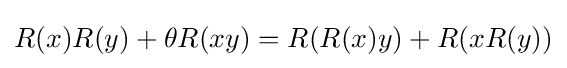
R(x)R(y)+\theta R(xy)=R(R(x)y)+R(xR(y))